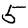
Digit: 5